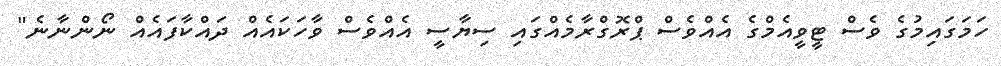
ހަމަގައިމުގެ ވެސް ޓީވީއެމްގެ އެއްވެސް ޕްރޮގްރާމެއްގައި ސިޔާސީ އެއްވެސް ވާހަކައެއް ދައްކާފައެއް ނޯންނާނެ"